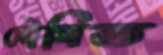
সৌমিত